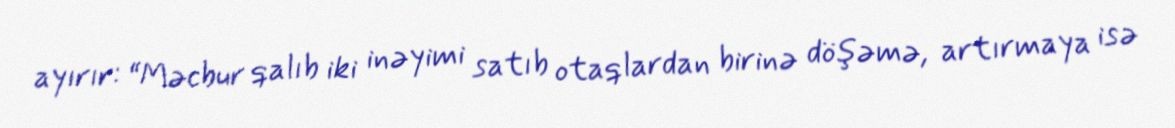
ayırır: “Məcbur qalıb iki inəyimi satıb otaqlardan birinə döşəmə, artırmaya isə